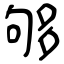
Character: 够